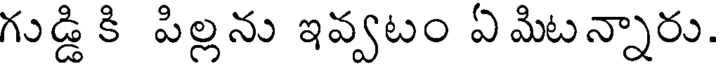
గుడ్డి కి పిల్లను ఇవ్వటం ఏ మిటన్నారు.